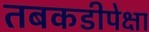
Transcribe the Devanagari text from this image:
तबकडीपेक्षा